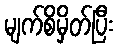
မျက်စိမှိတ်ပြီး